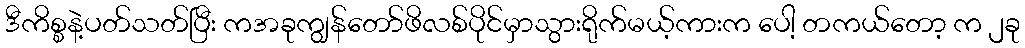
ဒီကိစ္စနဲ့ပတ်သတ်ပြီး ကအခုကျွန်တော်ဖိလစ်ပိုင်မှာသွားရိုက်မယ့်ကားက ပေါ့ တကယ်တော့ က ၂ခု